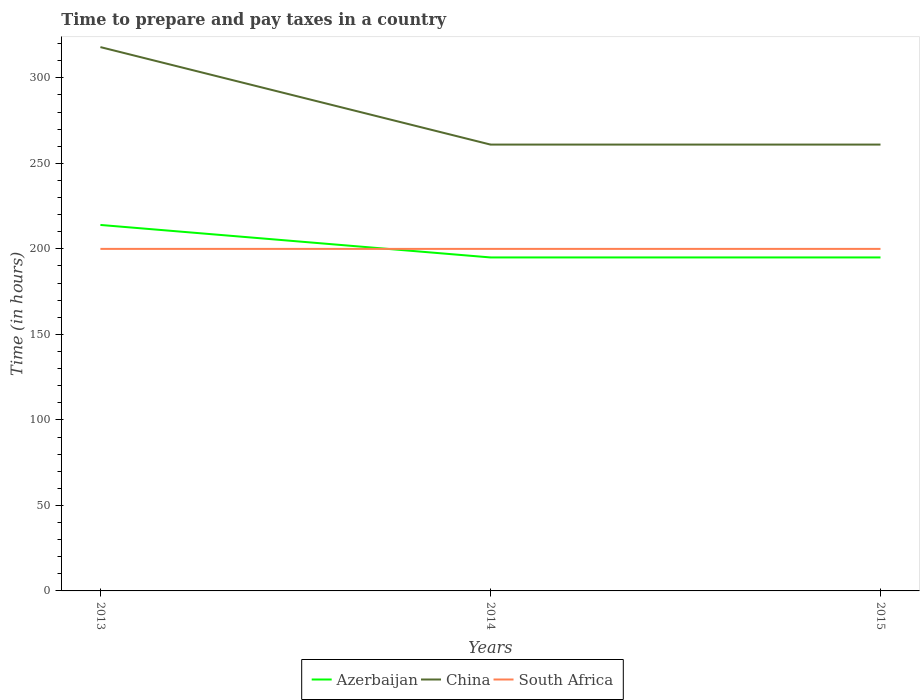
| Years | Azerbaijan | China | South Africa |
 | --- | --- | --- | --- |
 | 2013 | 214 | 318 | 200 |
 | 2014 | 195 | 261 | 200 |
 | 2015 | 195 | 261 | 200 |